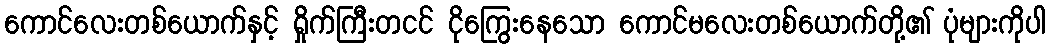
ကောင်လေးတစ်ယောက်နှင့် ရှိုက်ကြီးတငင် ငိုကြွေးနေသော ကောင်မလေးတစ်ယောက်တို့၏ ပုံများကိုပါ